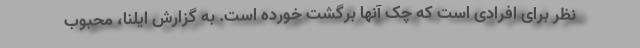
نظر برای افرادی است که چک آنها برگشت خورده است. به گزارش ایلنا، محبوب